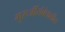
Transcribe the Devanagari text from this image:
गुरुजींसंबंधातील